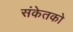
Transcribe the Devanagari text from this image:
संकेतको